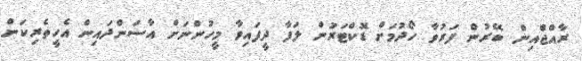
ރާއްޖެްއިން ބޭރުން ފަރުވާ ހޯދުމަށް ޑޮކްޓަރުން ލަފާ ދީފައިވާ މީހުންނަށް އާސަންދައިން އެހީތެރިކަން